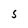
Character: S